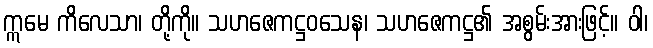
ဣမေ ကိလေသာ၊ တို့ကို။ သဟဇေကဋ္ဌဝသေန၊ သဟဇေကဋ္ဌ၏ အစွမ်းအားဖြင့်။ ဝါ၊